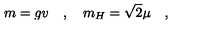
m = g v \quad , \quad m _ { H } = \sqrt { 2 } \mu \quad ,